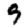
Digit: 9